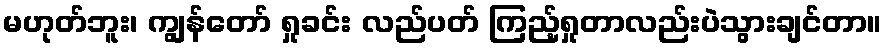
မဟုတ်ဘူး၊ ကျွန်တော် ရှုခင်း လည်ပတ် ကြည့်ရှုတာလည်းပဲသွားချင်တာ။